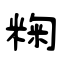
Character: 粷